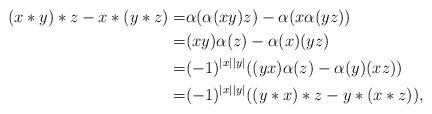
LaTeX: \begin{align*}(x\ast y) \ast z-x\ast (y\ast z)=&\alpha(\alpha(xy)z)-\alpha(x\alpha(yz))\\=&(xy)\alpha(z)-\alpha(x)(yz)\\=&(-1)^{|x||y|}((yx)\alpha(z)-\alpha(y)(xz))\\=&(-1)^{|x||y|}((y\ast x)\ast z-y\ast(x\ast z)),\end{align*}